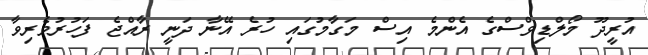
އުރީދޫ މޯލްޑިވްސްގެ އެންމެ އިސް މަގާމުގައި ހުރެ އޭނާ ދަނީ ރާއްޖެ ފަހުރުވެރިވާ